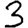
Digit: 3